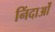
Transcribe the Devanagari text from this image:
निंदाओं